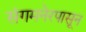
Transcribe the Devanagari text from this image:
संगमनेरपासून